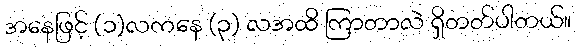
အနေဖြင့် (၁)လကနေ (၃) လအထိ ကြာတာလဲ ရှိတတ်ပါတယ်။